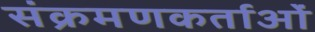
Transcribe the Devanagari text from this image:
संक्रमणकर्ताओं